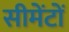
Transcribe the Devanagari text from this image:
सीमेंटों